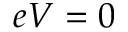
e V = 0